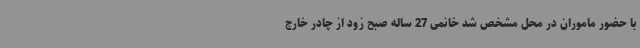
با حضور ماموران در محل مشخص شد خانمی 27 ساله صبح زود از چادر خارج